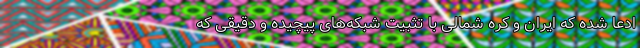
ادعا شده که ایران و کره شمالی با تثبیت شبکه‌های پیچیده و دقیقی که